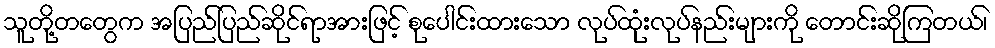
သူတို့တတွေက အပြည်ပြည်ဆိုင်ရာအားဖြင့် စုပေါင်းထားသော လုပ်ထုံးလုပ်နည်းများကို တောင်းဆိုကြတယ်၊